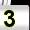
Digit: 3